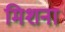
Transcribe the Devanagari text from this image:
मिशना